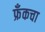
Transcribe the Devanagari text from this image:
फ्रँकचा